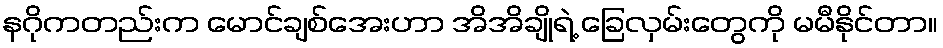
နဂိုကတည်းက မောင်ချစ်အေးဟာ အိအိချိုရဲ့ ခြေလှမ်းတွေကို မမီနိုင်တာ။